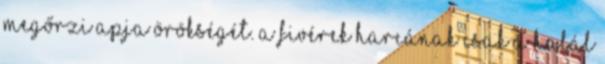
megőrzi apja örökségét. A fivérek harcának csak a halál